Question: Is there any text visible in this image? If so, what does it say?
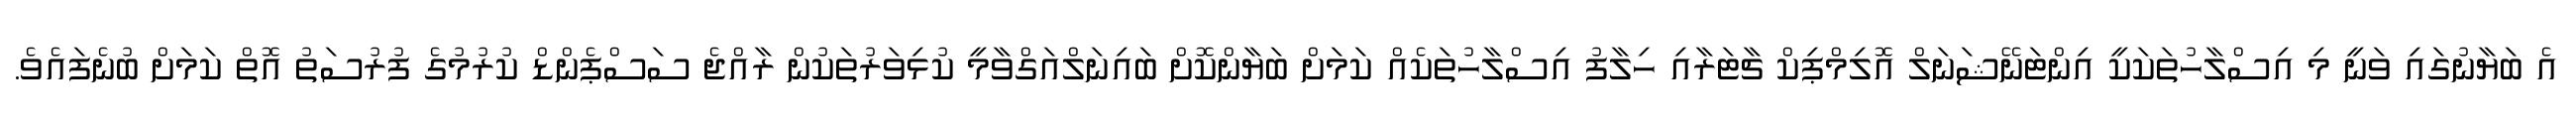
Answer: އެ ބަޔާނުގައި ވަނީ މި އިސްލާހުތަކަކީ އިންޓަނޭޝަނަލް އޮލިމްޕިކް ޗާޓަރާއި ހިލާފު އިސްލާހުތަކެއް ކަމަށް ބަޔާންކޮށް ބައިނަލްއަގްވާމީ ކުޅިވަރުތަކުން ރާއްޖެ ސަސްޕެންޑް ކުރުމުގެ ފުރުސަތު އޮތް ކަމަށް ބުނެފައެވެ.